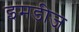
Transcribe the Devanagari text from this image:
इमडीज